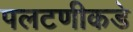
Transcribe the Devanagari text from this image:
पलटणीकडे